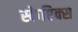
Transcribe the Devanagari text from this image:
स्केप्टिक्स